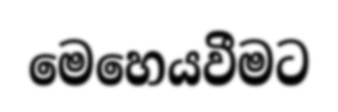
මෙහෙයවීමට